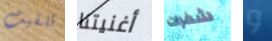
تلقيت أغنيتنا شفرات و